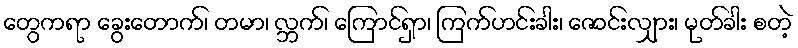
တွေကရာ ခွေးတောက်၊ တမာ၊ လ္ဘက်၊ ကြောင်ရှာ၊ ကြက်ဟင်းခါး၊ ဇောင်းလျှား၊ မုတ်ခါး စတဲ့